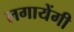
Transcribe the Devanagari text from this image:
लगायेंगी